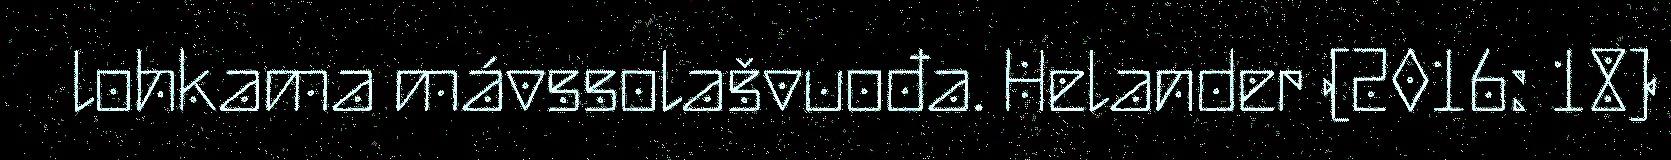
lohkama mávssolašvuođa. Helander (2016: 18)